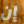
إن